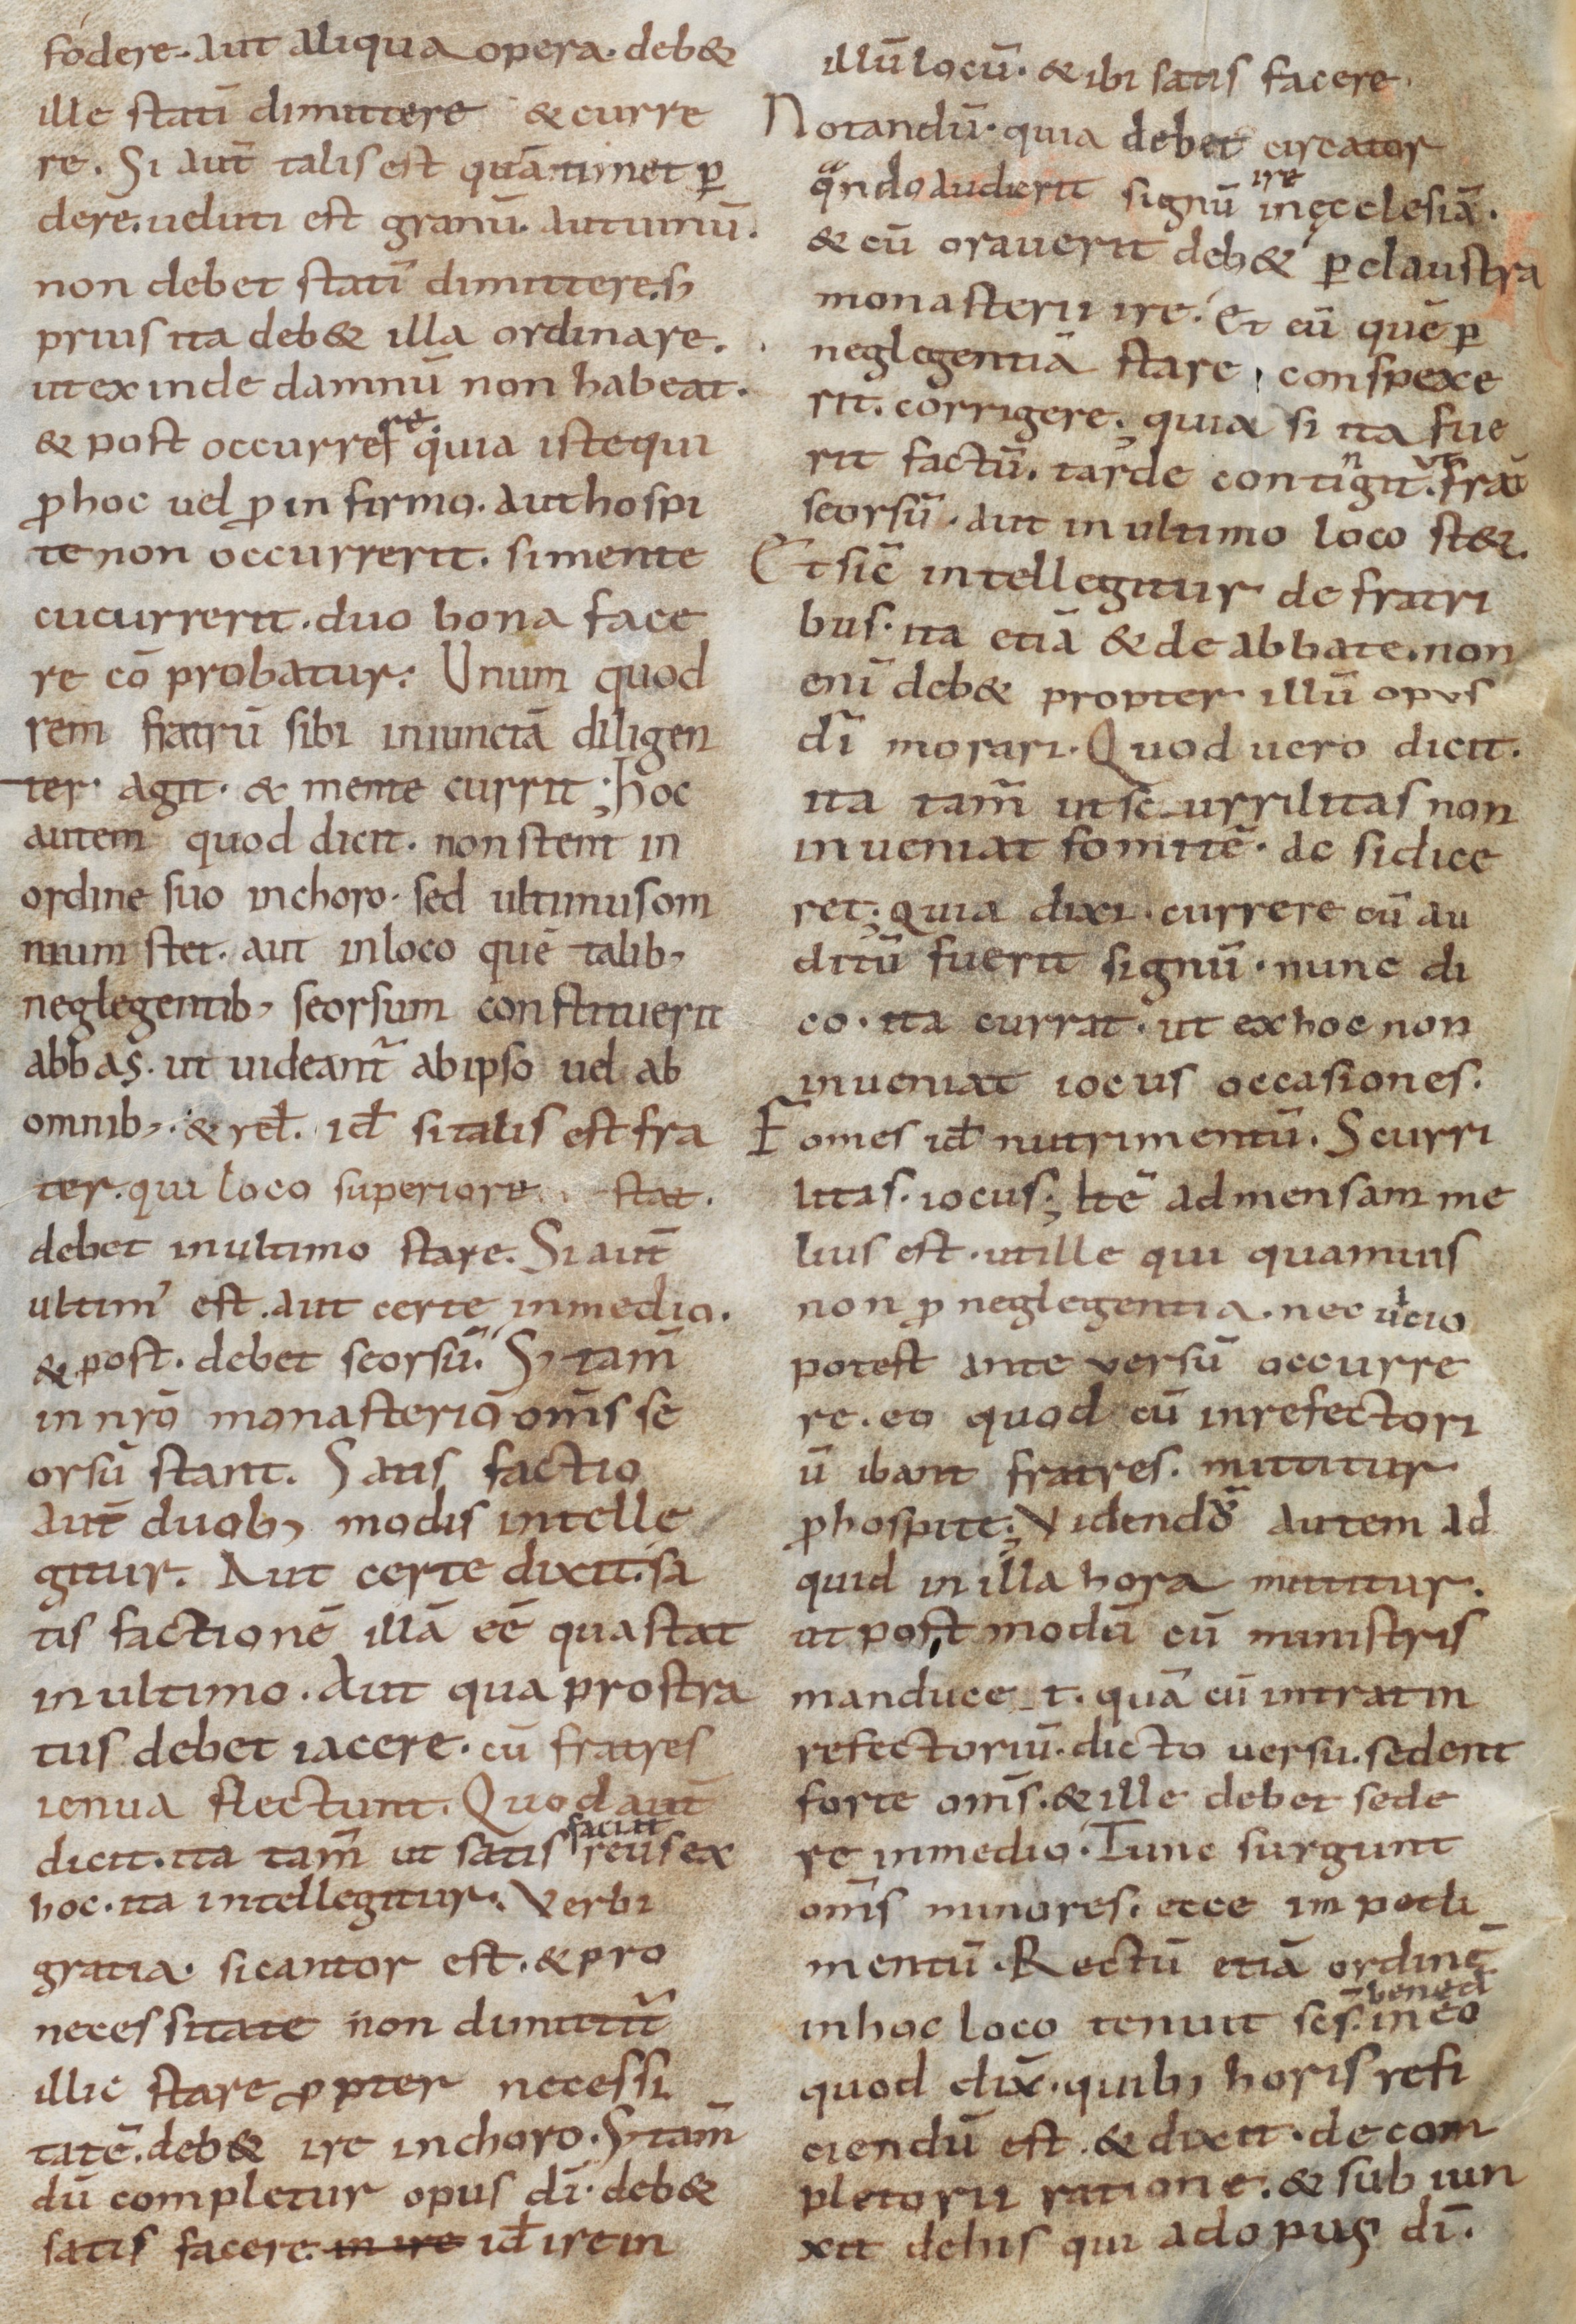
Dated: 800–999